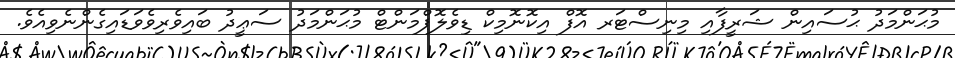
މުޙަންމަދު ޙުސައިން ޝަރީފާއި މިނިސްޓަރ އޮފް އިކޮނޮމިކް ޑިވެލޮޕްމަންޓް މުޙަންމަދު ސަޢީދު ބައިވެރިވެވަޑައިގެންނެވިއެވެ.